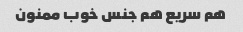
هم سریع هم جنس خوب ممنون